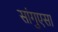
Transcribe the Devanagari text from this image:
सांगुएसा